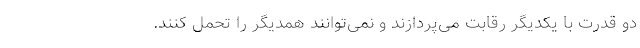
دو قدرت با یکدیگر رقابت می‌پردازند و نمی‌توانند همدیگر را تحمل کنند.